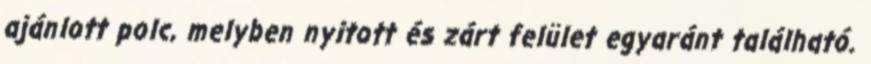
ajánlott polc, melyben nyitott és zárt felület egyaránt található.